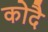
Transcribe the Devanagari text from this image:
कोदै